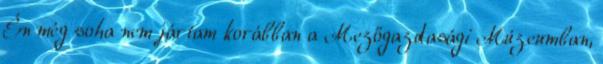
Én még soha nem jártam korábban a Mezőgazdasági Múzeumban,